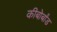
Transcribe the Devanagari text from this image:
कीबोर्बांड